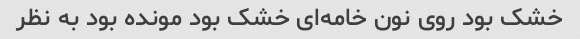
خشک بود روی نون خامه‌ای خشک بود مونده بود به نظر